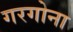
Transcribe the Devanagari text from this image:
गरगोना